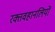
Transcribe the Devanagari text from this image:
रक्तवहानलियों